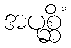
အပုစ္ဆိံ